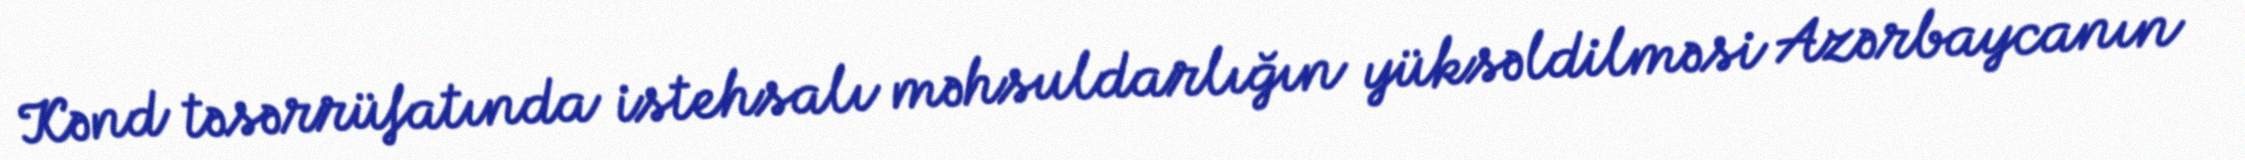
Kənd təsərrüfatında istehsalı məhsuldarlığın yüksəldilməsi Azərbaycanın